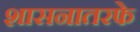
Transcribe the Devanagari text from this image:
शासनातरफे